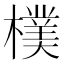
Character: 𣝢